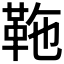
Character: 𩉻